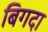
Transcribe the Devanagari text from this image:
बिगदा